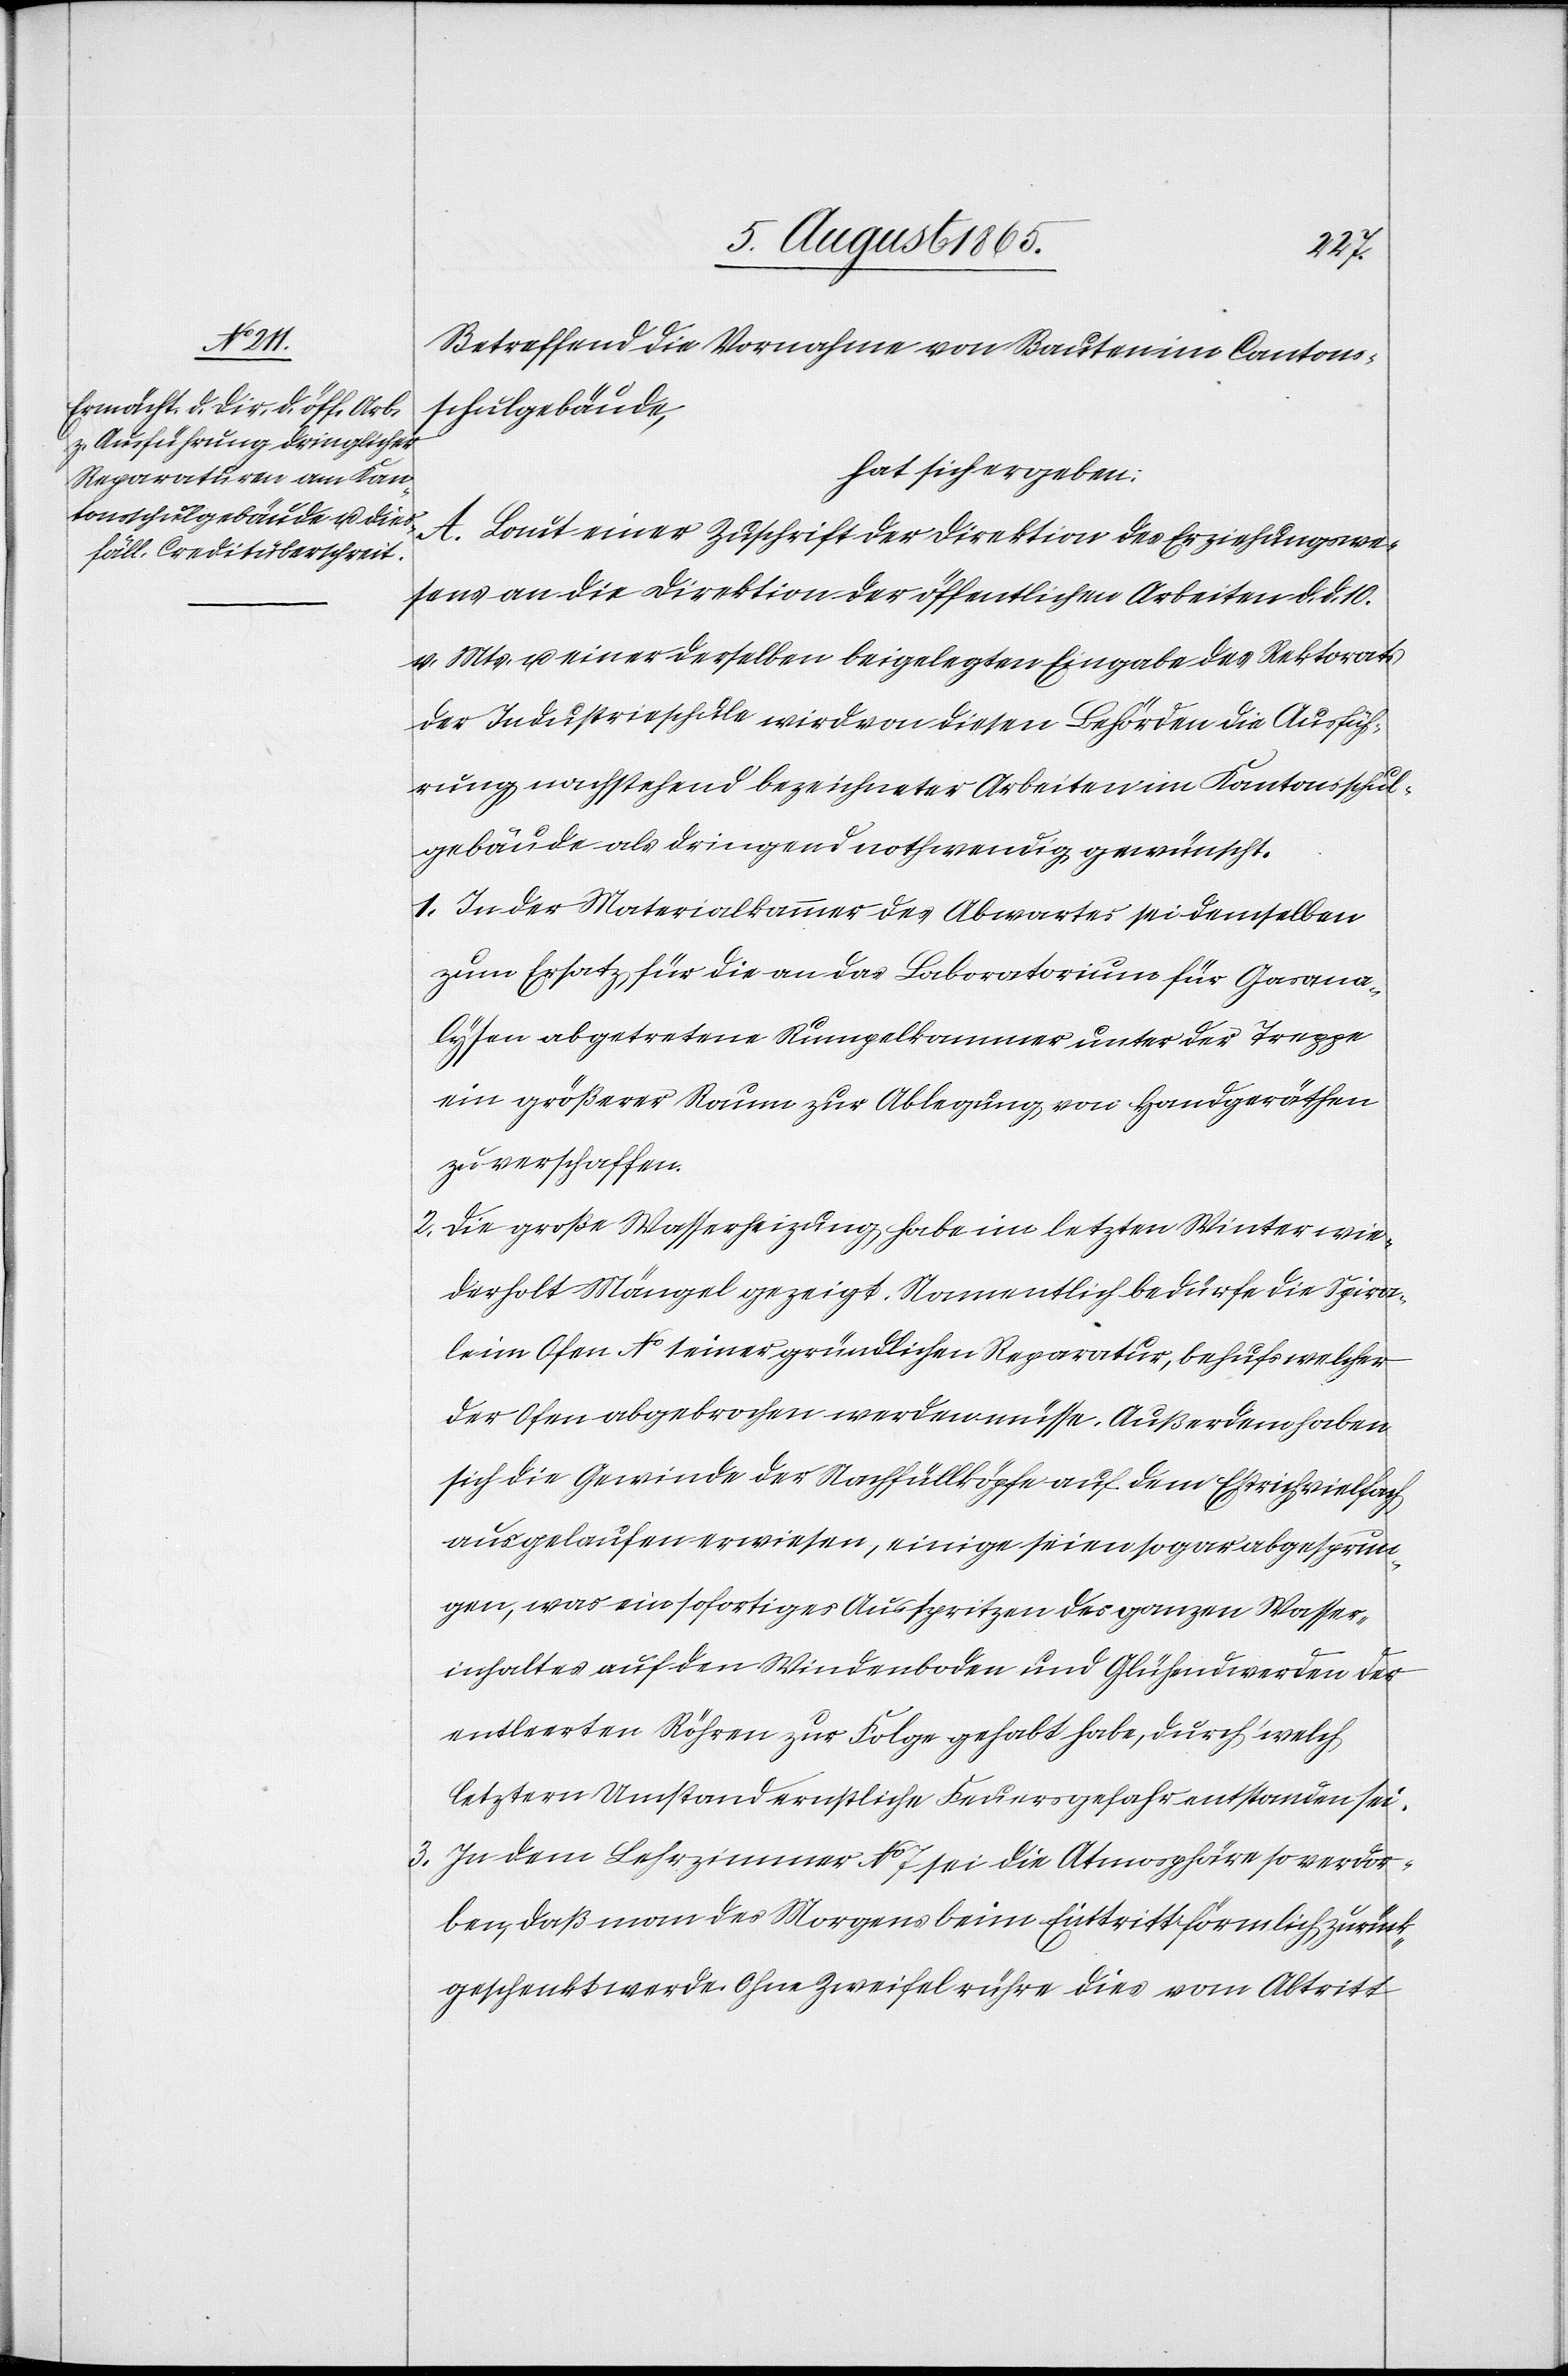
Betreffend die Vornahme von Bauten im Cantons¬
schulgebäude,
hat sich ergeben:
A. Laut einer Zuschrift der Direktion des Erziehungswe¬
sens an die Direktion der öffentlichen Arbeiten d. d. 10.
v. Mts. u. einer derselben beigelegten Eingabe des Rektorats
der Industrieschule wird von diesen Behörden die Ausfüh¬
rung nachstehend bezeichneter Arbeiten im Kantonsschul¬
gebäude als dringend nothwendig gewünscht.
1. In der Materialkammer des Abwartes sei demselben
zum Ersatz für die an das Laboratorium für Gasana¬
lysen abgetretene Rumpelkammer unter der Treppe
ein größerer Raum zur Ablegung von Handgeräthen
zu verschaffen.
2. Die große Wasserheizung habe im letzten Winter wie¬
derholt Mängel gezeigt. Namentlich bedürfe die Spira¬
le im Ofen No 1 einer gründlichen Reparatur, behufs welcher
der Ofen abgebrochen werden müsse. Außerdem haben
sich die Gewinde der Nachfüllköpfe auf dem Estrich vielfach
ausgelaufen erwiesen, einige seien sogar abgesprun¬
gen, was ein sofortiges Ausspritzen des ganzen Wasser¬
inhaltes auf den Windenboden und Glühend werden der
entleerten Röhren zur Folge gehabt habe, durch welch
letztern Umstand ernstliche Feuersgefahr entstanden sei.
3. In dem Lehrzimmer No 7 sei die Atmosphäre so verdor¬
ben, daß man des Morgens beim Eintritt förmlich zurück¬
geschenkt werde. Ohne Zweifel rühre dies vom Abtritt